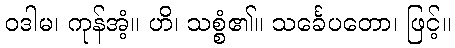
ဝဒါမ၊ ကုန်အံ့။ ဟိ၊ သစ္စံ၏။ သင်္ခေပတော၊ ဖြင့်။